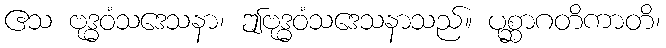
ဧသ ဗုဒ္ဓဝံသဒေသနာ၊ ဤဗုဒ္ဓဝံသဒေသနာသည်။ ပုစ္ဆာဂတိကာတိ၊